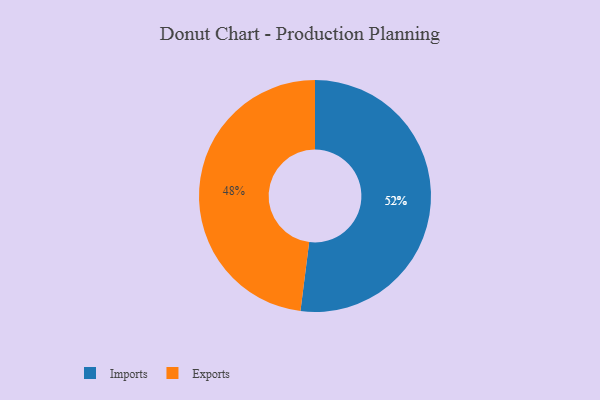
{"axis": {"x": "Category", "y": "Percentage"}, "legend": ["Exports", "Imports"], "data": [{"x": "Imports", "y": 52, "type": "Imports"}, {"x": "Exports", "y": 48, "type": "Exports"}]}